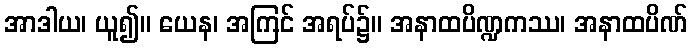
အာဒါယ၊ ယူ၍။ ယေန၊ အကြင် အရပ်၌။ အနာထပိဏ္ဍကဿ၊ အနာထပိဏ်